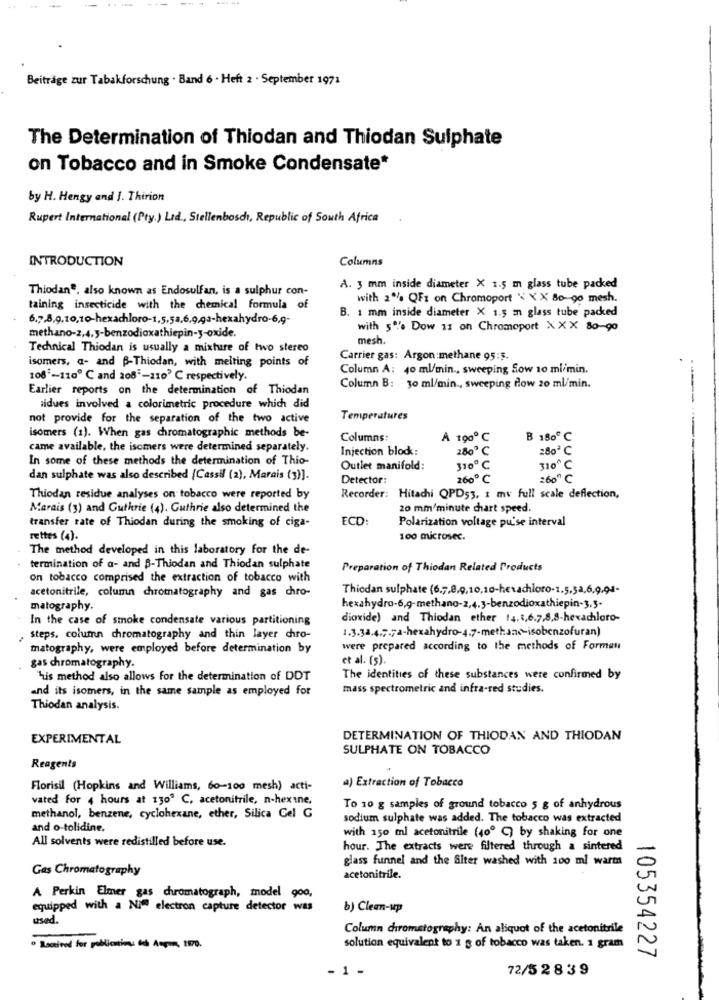
--- --
Beiträge zur Tabakforschung . Band 6 . Heft 2 . September 1971
The Determination of Thiodan and Thiodan Sulphate
on Tobacco and in Smoke Condensate*
by H. Hengy and J. Thirion
Rupert International (Pty.) Ltd ., Stellenbosch, Republic of South Africa
INTRODUCTION
Columns
Thiodane, also known as Endosulfan, is a sulphur con-
A. 3 mm inside diameter X 1.5 m glass tube packed
with 2% OF1 on Chromoport '\ \' X Bogo mesh.
taining insecticide with the chemical formula of
B. 1 mm inside diameter X 1.5 m glass tube packed
6.7,8,9,10,10-hexachloro-1,5,58,6,9,9a-hexahydro-6,9-
with 5 . Dow 11 on Chromoport XXX 80-90
methano-2,4,5-benzodioxathiepin-y-oxide.
mesh.
Technical Thiodan is usually a mixture of two stereo
isomers, a- and -Thiodan, with melting points of
Carrier gas: Argon:methane 95:5.
Column A: 40 ml/min ., sweeping Sow 10 ml/min.
108'-1100 ℃ and 208"-210' C respectively.
Earlier reports on the determination of Thiodan
Column B: 30 ml/min ., sweeping flow 20 ml/min.
sidues involved a colorimetric procedure which did
not provide for the separation of the two active
Temperatures
isomers (1). When gas chromatographic methods be-
Columns:
À 1900 ℃
B 180 ℃
came available, the isomers were determined separately.
Injection bloc:
280º ℃
280℃
In some of these methods the determination of Thio-
Outlet manifold:
310℃
dan sulphate was also described (Cassil (2), Marais (3)].
Detector:
2600 ℃
UUUU
260 ℃
UUUu
Thiodan residue analyses on tobacco were reported by
Recorder: Hitachi QPD53, 1 mv full scale deflection,
Marais (3) and Guthrie (4). Guthrie also determined the
20 mm/minute chart speed.
ECD:
Polarization voltage pu'se interval
transfer rate of Thiodan during the smoking of ciga-
rettes (4).
100 microsec.
The method developed in this laboratory for the de-
termination of a- and B-Thiodan and Thiodan sulphate
Preparation of Thiodan Related Products
on tobacco comprised the extraction of tobacco with
acetonitrile, column chromatography and gas chro-
Thiodan sulphate (6,7,8,9,10,10-hexachloro-1.5,52,6,9,94-
matography.
hexahydro-6,9-methano-2,4,3-benzodioxathiepin-3,3-
In the case of smoke condensate various partitioning
dioxide) and Thiodan ether 14.4,6.7,8,8-hexachloro-
1.3.38.4.7.7a-hexahydro-4.7-methane-isobenzofuran)
steps, column chromatography and thin layer chro-
matography, were employed before determination by
were prepared according to the methods of Format
gas chromatography.
et al. (5).
"huis method also allows for the determination of DDT
The identities of these substances were confirmed by
and its isomers, in the same sample as employed for
mass spectrometric and infra-red studies.
Thiodan analysis.
EXPERIMENTAL
DETERMINATION OF THIODAN AND THIODAN
SULPHATE ON TOBACCO
Reagents
a) Extraction of Tobacco
Florisil (Hopkins and Williams, 60-100 mesh) acti-
vated for 4 hours at 130" C, acetonitrile, n-hextne,
To 10 g samples of ground tobacco 5 g of anhydrous
methanol, benzene, cyclohexane, ether, Silica Gel G
sodium sulphate was added. The tobacco was extracted
and o-tolidine.
with 150 ml acetonitrile (400 ℃) by shaking for one
All solvents were redistilled before use.
hour. The extracts were filtered through a sintered
glass funnel and the Siter washed with 100 ml warta
Gas Chromatography
acetonitrile.
A Perkin Elmer gas chromatograph, model 900,
equipped with a Nie electron capture detector was
b) Clean-up
used.
Column chromatography: An aliquot of the acetonitrile
· Received for publications of Acqua, 199.
solution equivalent to 1 g of tobacco was taken. 1 gram
105354227
- 1 -
72/52839